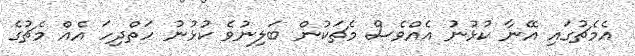
އެމެޗުގައި އޭނާ ކުޅުނު އެއްވެސް މެޗަކުން ބަލިނުވެ ކުޅުނު ހަތްދިހަ އެއް މެޗުގެ